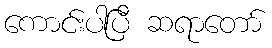
ကောင်းပါပြီ ဆရာတော်